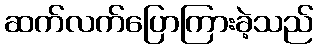
ဆက်လက်ပြောကြားခဲ့သည်